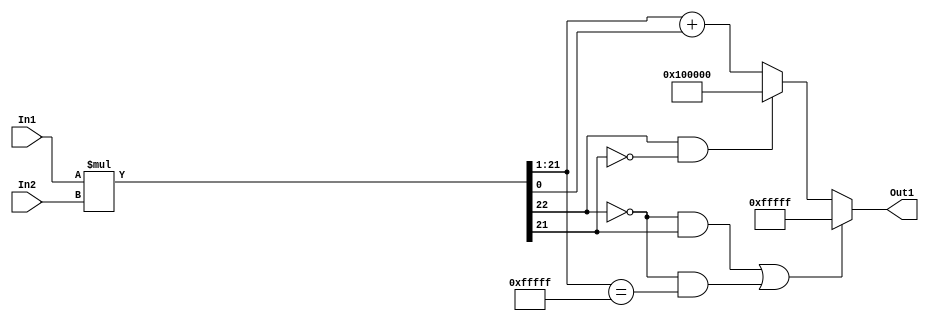
// -------------------------------------------------------------
// 
// 
// Generated by MATLAB 9.14 and HDL Coder 4.1
// 
// -------------------------------------------------------------


// -------------------------------------------------------------
// 
// Module: multb4_2
// Source Path: FP_sub/fp model/FIR_section_1/multb4_2
// Hierarchy Level: 2
// 
// -------------------------------------------------------------

`timescale 1 ns / 1 ns

module multb4_2
          (In2,
           In1,
           Out1);


  input   signed [11:0] In2;  // sfix12_En11
  input   signed [10:0] In1;  // sfix11_En3
  output  signed [20:0] Out1;  // sfix21_En13


  wire signed [22:0] multb4_mul_temp;  // sfix23_En14
  wire signed [20:0] multb4_out1;  // sfix21_En13


  assign multb4_mul_temp = In1 * In2;
  assign multb4_out1 = (((multb4_mul_temp[22] == 1'b0) && (multb4_mul_temp[21] != 1'b0)) || ((multb4_mul_temp[22] == 1'b0) && (multb4_mul_temp[21:1] == 21'sb011111111111111111111)) ? 21'sb011111111111111111111 :
              ((multb4_mul_temp[22] == 1'b1) && (multb4_mul_temp[21] != 1'b1) ? 21'sb100000000000000000000 :
              multb4_mul_temp[21:1] + $signed({1'b0, multb4_mul_temp[0]})));



  assign Out1 = multb4_out1;

endmodule  // multb4_2